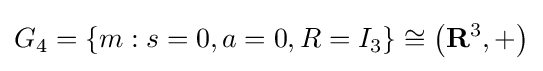
G_{4}=\{m:s=0,a=0,R=I_{3}\}\cong \left(\mathbf {R} ^{3},+\right)